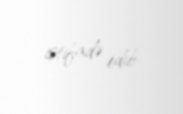
istifadə edib.